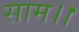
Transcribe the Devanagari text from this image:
साम।।